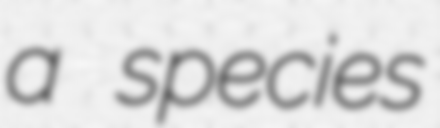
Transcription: a species